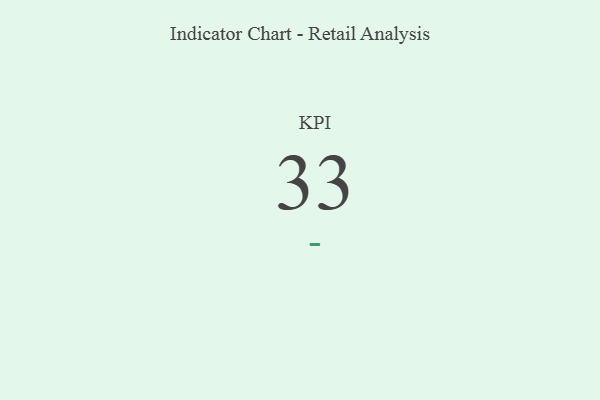
{"axis": {"x": "KPI", "y": "Value"}, "legend": [""], "data": [{"x": "KPI", "y": 33, "type": ""}]}